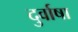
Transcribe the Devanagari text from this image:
दुर्वाषा